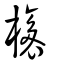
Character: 橠